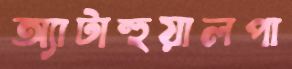
অ্যাটাহুয়ালপা